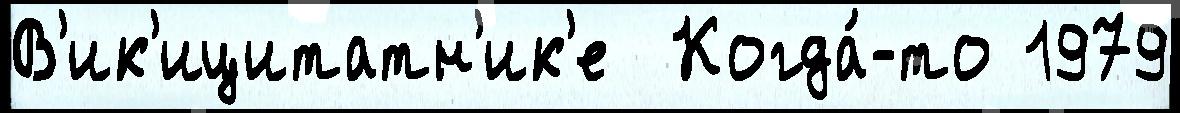
В'ик'ицитатн'ик'е  Когда́-то 1979